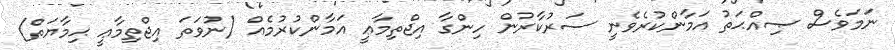
ނަމަވެސް ޞިއްޙަތު އަމާންކުރެވެނީ ސަރުކާރުން ހިންގާ އިޖްތިމާޢީ އަމާންކުރުމެއް (ނުވަތަ އިޖްތިމާޢީ ޙިމާޔަތް)